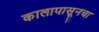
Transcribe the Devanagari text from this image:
कालापासूनचा